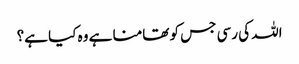
اللہ کی رسی جس کو تھامنا ہے وہ کیا ہے؟